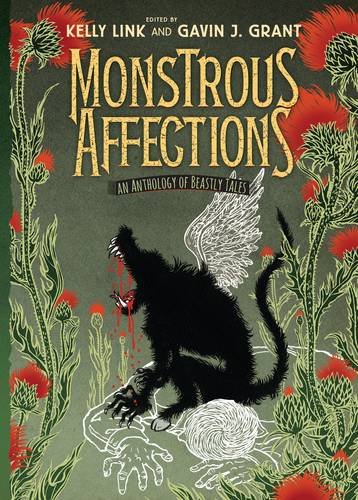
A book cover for Monstrous Affections: An Anthology of Beastly Tales; Teen & Young Adult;